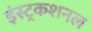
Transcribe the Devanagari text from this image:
इंस्ट्रकशनल